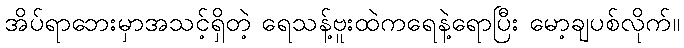
အိပ်ရာဘေးမှာအသင့်ရှိတဲ့ ရေသန့်ဗူးထဲကရေနဲ့ရောပြီး မော့ချပစ်လိုက်။